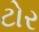
ટોર